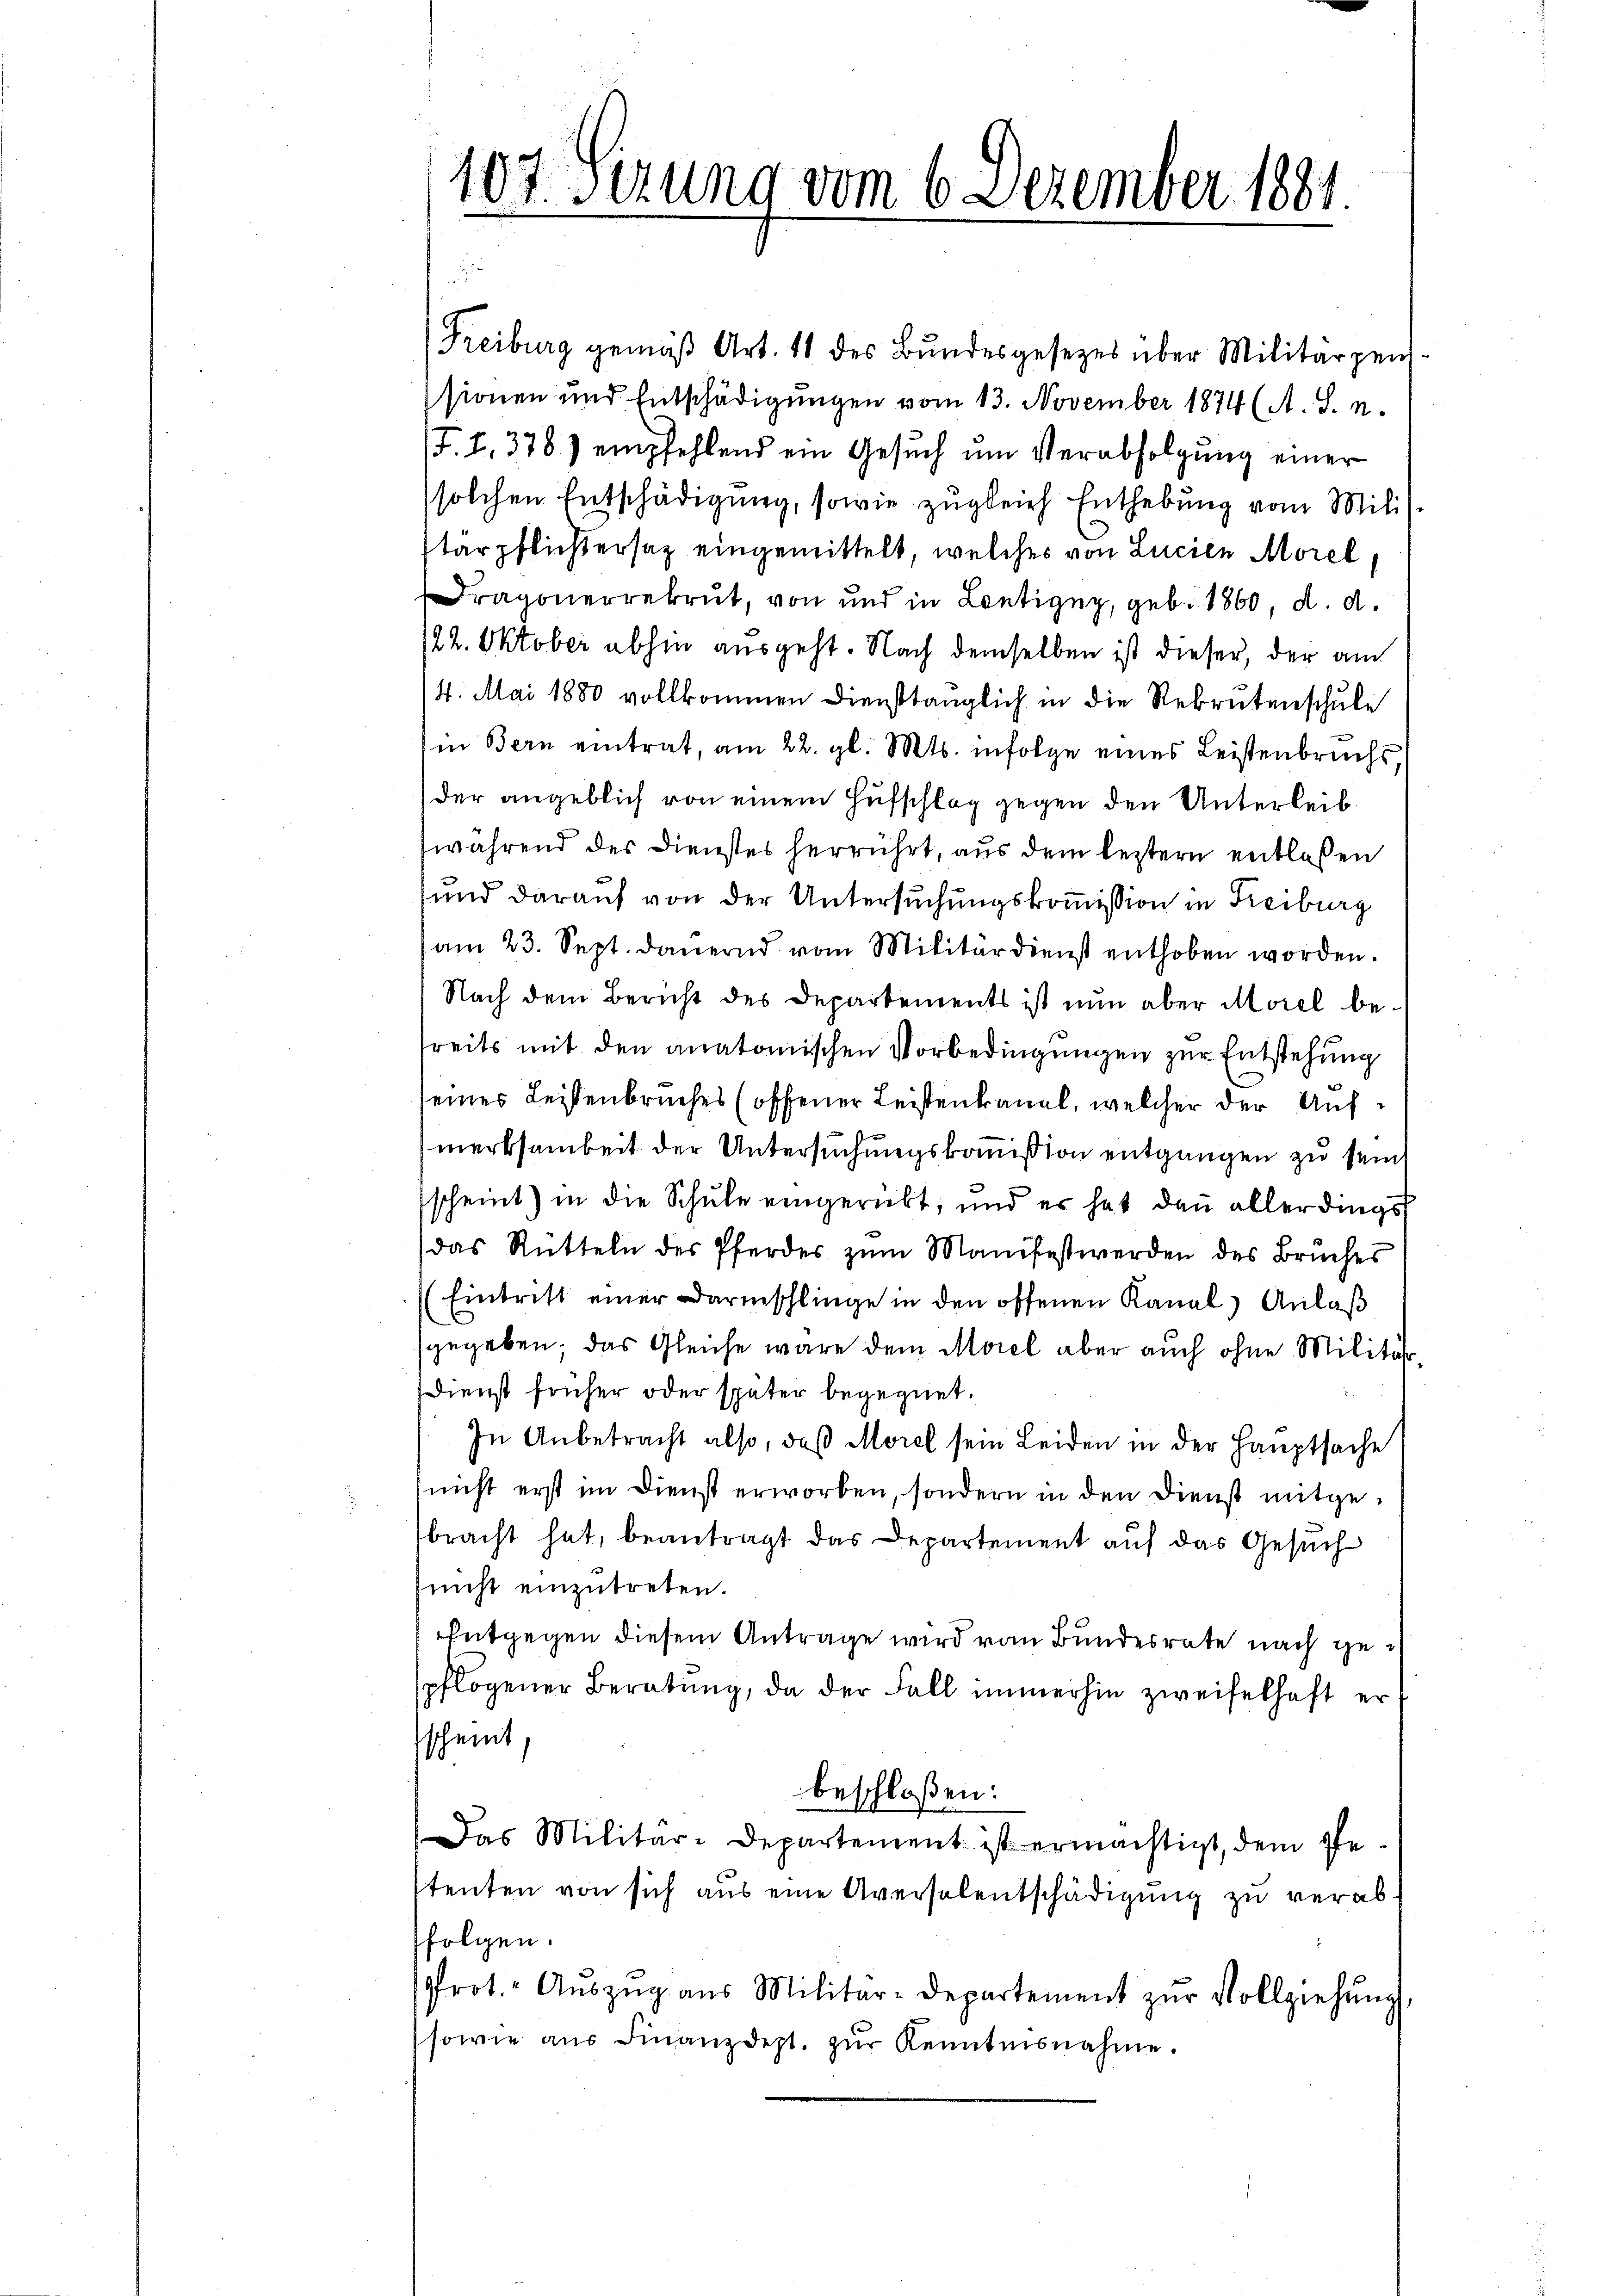
Freiburg gemäß Art. 11 des Bundesgesetzes über Militärgen.
sionen und Entschädigungen vom 13. November 1874 (A. S. n.
J.I.378) empfehlend ein Gesŭch ŭm Verabfolgŭng einer
solchen Entschädigŭng, sowie zŭgleich Enthebŭng vom Mili-
tärpflichtersaz eingemittelt, welches von Lucien Morel,
Dragonerrekrut, von und in Lentigny, geb. 1860, d. d.
/22. Oktober abhin ausgeht. Nach demselben ist dieser, der am
/4. Mai 1880 vollkommen Diensttänglich in die Rekrutenschule
in Bern eintrat, am 22. gl. Mts. infolge eines Leistenbruchs,
der angeblich von einem Hufschlag gegen den Unterleibwährend des Dienstes herrührt, aus dem leztern entlaßen
und darauf von der Untersuchungskommission in Freiburg
am 23. Sept. dauernd vom Militärdienst enthoben worden.
Nach dem Bericht des Departements ist nun aber Morel bereits mit den anatomischen Vorbedingungen zur Entstehung
eines Leistenbruches (offener Leistenkanal, welcher der Aufmerksamkeit der Untersuchungskommißion entgangen zu sein
scheint) in die Schule eingerückt, und es hat dann allerdings
(das Rütteln des Pferdes zŭm Manifest werden des Bruches
(Eintritt einer Darmschlinge in den offenen Kanal Anlaß
gegeben; das Gleiche wäre dem Morel aber auch ohne Militär-
Dienst früher oder später begegnet.
In Anbetracht also, daß Morel sein Leiden in der Hauptsache
(nicht erst im Dienst erworben, sondern in den Dienst mitgebracht hat, beantragt das Departement auf das Gesuch
nicht einzŭtreten.
Entgegen diesem Antrage wird von Bundesrate nach gepflogener Beratung, da der Fall immerhin zweifelhaft erscheint,
beschloßen:
Das Militär-Departement ist ermächtigt, dem Pfe
stenten von sich aus eine Aversalentschädigung zu verabfolgen.
Prot. Aŭszŭg aŭs Militar-Departement zŭr Vollziehŭng
sowie aŭs Finanzdept. zŭr Kenntnisnahme.

107. Sizung vom 6. Dezember 1881.